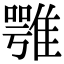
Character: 𩀇